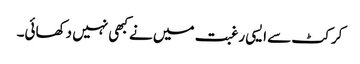
کرکٹ سے ایسی رغبت میں نے کبھی نہیں دکھائی۔